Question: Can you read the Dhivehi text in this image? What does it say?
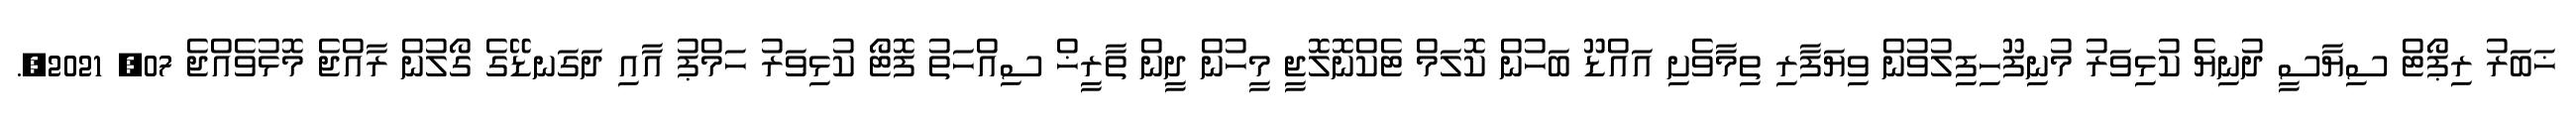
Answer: ޚަބަރު ރިޕޯޓް ސިޔާސީ ދުނިޔެ ކުޅިވަރު މުނިފޫހިފިލުވުން ވިޔަފާރި ތިމާވެށި އައްޑޫ ބަހުން ކޮލަމް ޓެކްނޮލޮޖީ މީހުން ދީން ތާރީޚް ސިއްހަތު ފޮޓޯ ކުޅިވަރު ހަމްޕު އާއި ދަގަނޑޭގެ ގޯލުން ރާއްޖެ މޮޅުވެއްޖެ 07, 2021,.